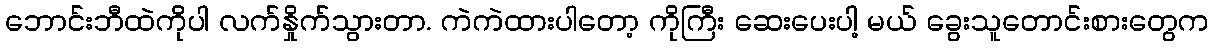
ဘောင်းဘီထဲကိုပါ လက်နှိုက်သွားတာ. ကဲကဲထားပါတော့ ကိုကြီး ဆေးပေးပါ့ မယ် ခွေးသူတောင်းစားတွေက